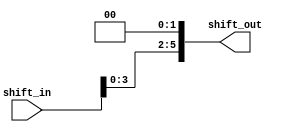
module shift_left_twice
#(parameter n=6,s=6)
(
input [n-1:0]shift_in,
output reg[s-1:0]shift_out
);

always@*
begin
shift_out=shift_in<<2;
end

endmodule